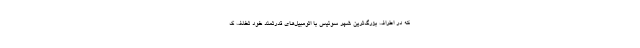
که در اطراف بزرگ‌ترین شهر سوئیس با اتومبیل‌های قدرتمند خود تخلف ک